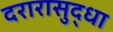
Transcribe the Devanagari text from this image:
दरारासुद्धा